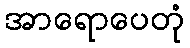
အာရောပေတုံ